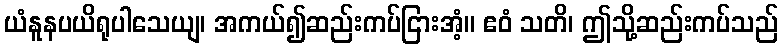
ယံနူနပယိရုပါသေယျ၊ အကယ်၍ဆည်းကပ်ငြားအံ့။ ဧဝံ သတိ၊ ဤသို့ဆည်းကပ်သည်